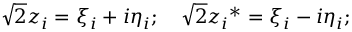
{ \sqrt 2 } z _ { i } = \xi _ { i } + i \eta _ { i } ; \quad { \sqrt 2 } { z _ { i } } ^ { * } = \xi _ { i } - i \eta _ { i } ;